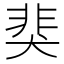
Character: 猆